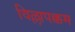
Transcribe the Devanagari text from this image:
विल्लापक्कम